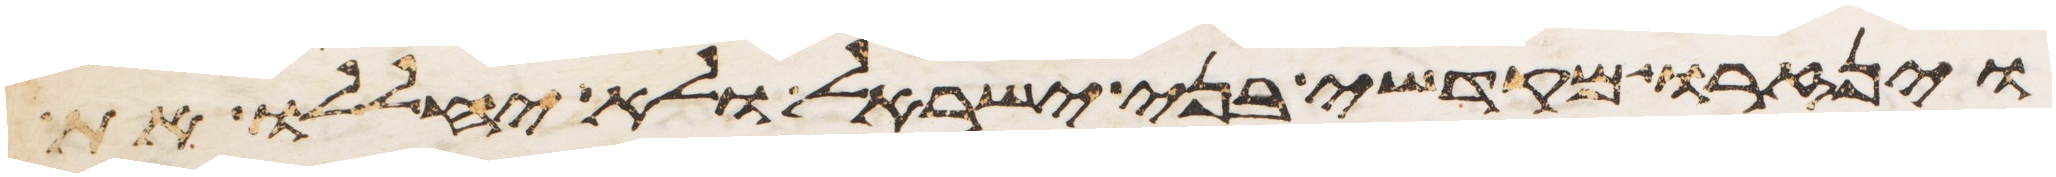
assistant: וינזרו מקדשי בני ישראל ולא יחללו את